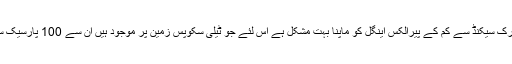
زمین کے ایٹماسفیئر کی وجہ سے 0.01 آرک سیکنڈ سے کم کے پیرالکس اینگل کو ماپنا بہت مشکل ہے اس لئے جو ٹیلی سکوپس زمین پر موجود ہیں ان سے 100 پارسیک سے زیادہ کا فاصلہ نہیں معلوم کیا جا سکتا۔